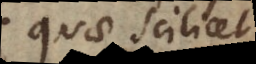
quae scilicet